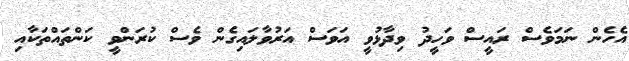
އެހެން ނަމަވެސް ރައީސް ވަހީދު ވިދާޅުވީ އަވަސް އަރުވާލައިގެން ވެސް ކުރަންވީ ކަންތައްތަކާއި